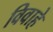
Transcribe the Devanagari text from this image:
विवाहे